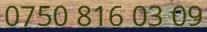
0750 816 03 09